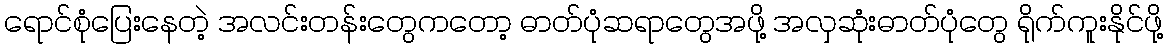
ရောင်စုံပြေးနေတဲ့ အလင်းတန်းတွေကတော့ ဓာတ်ပုံဆရာတွေအဖို့ အလှဆုံးဓာတ်ပုံတွေ ရိုက်ကူးနိုင်ဖို့